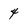
Character: 4